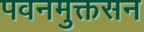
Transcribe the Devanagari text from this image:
पवनमुक्तसन